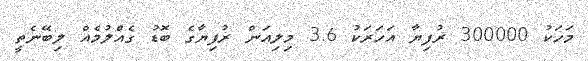
މަހަކު 300000 ރުފިޔާ އަހަރަކު 3.6 މިލިއަން ރުފިޔާގެ ބޮޑު ގެއްލުމެއް ލިބޭނެތީ